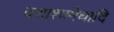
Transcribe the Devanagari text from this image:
दशाश्वमेघादि